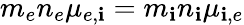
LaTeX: m_{e}n_{e}\mu_{e,\mathbf{i}}=m_{\mathbf{i}}n_{\mathbf{i}}\mu_{\mathbf{i},e}